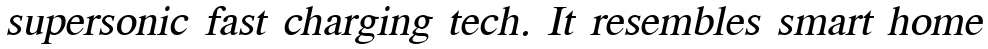
supersonic fast charging tech. It resembles smart home